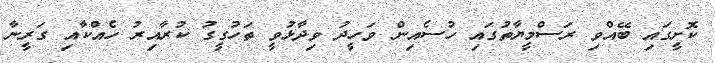
ކޮށީގައި ބޭއްވި ރަސްމީޔާތުގައި ހުސެއިން ވަހީދު ވިދާޅުވީ ތަހުގީގު ކުރާއިރު ހެއްކާއި ގަރީނާ